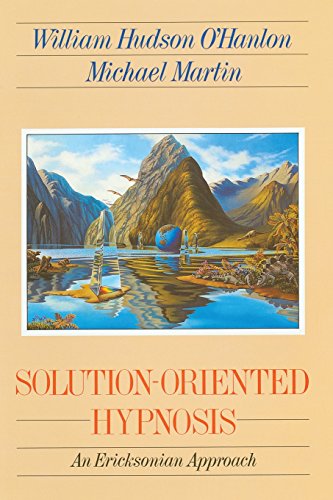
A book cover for Solution-Oriented Hypnosis: An Ericksonian Approach; Bill O'Hanlon; Health, Fitness & Dieting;